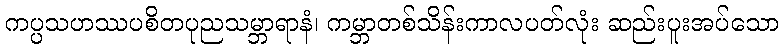
ကပ္ပသဟဿပစိတပုညသမ္ဘာရာနံ၊ ကမ္ဘာတစ်သိန်းကာလပတ်လုံး ဆည်းပူးအပ်သော